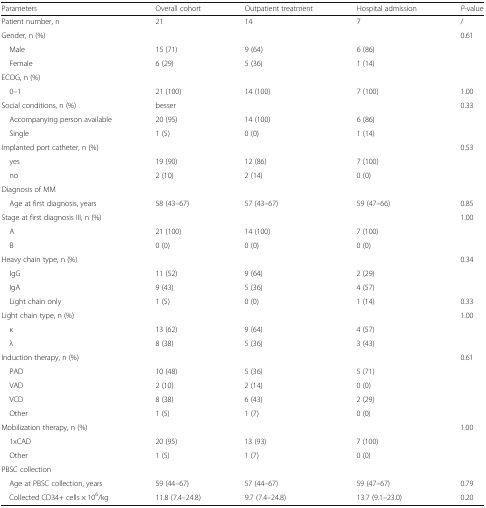
<table><thead><tr><td><b>Parameters</b></td><td><b>Overall cohort</b></td><td><b>Outpatient treatment</b></td><td><b>Hospital admission</b></td><td><b><i>P</i>-value</b></td></tr></thead><tbody><tr><td>Patient number, n</td><td>21</td><td>14</td><td>7</td><td>/</td></tr><tr><td>Gender, n (%)</td><td></td><td></td><td></td><td>0.61</td></tr><tr><td> Male</td><td>15 (71)</td><td>9 (64)</td><td>6 (86)</td><td></td></tr><tr><td> Female</td><td>6 (29)</td><td>5 (36)</td><td>1 (14)</td><td></td></tr><tr><td>ECOG, n (%)</td><td></td><td></td><td></td><td></td></tr><tr><td> 0–1</td><td>21 (100)</td><td>14 (100)</td><td>7 (100)</td><td>1.00</td></tr><tr><td>Social conditions, n (%)</td><td>besser</td><td></td><td></td><td>0.33</td></tr><tr><td> Accompanying person available</td><td>20 (95)</td><td>14 (100)</td><td>6 (86)</td><td></td></tr><tr><td> Single</td><td>1 (5)</td><td>0 (0)</td><td>1 (14)</td><td></td></tr><tr><td>Implanted port catheter, n (%)</td><td></td><td></td><td></td><td>0.53</td></tr><tr><td> yes</td><td>19 (90)</td><td>12 (86)</td><td>7 (100)</td><td></td></tr><tr><td> no</td><td>2 (10)</td><td>2 (14)</td><td>0 (0)</td><td></td></tr><tr><td>Diagnosis of MM</td><td></td><td></td><td></td><td></td></tr><tr><td> Age at first diagnosis, years</td><td>58 (43–67)</td><td>57 (43–67)</td><td>59 (47–66)</td><td>0.85</td></tr><tr><td>Stage at first diagnosis III, n (%)</td><td></td><td></td><td></td><td>1.00</td></tr><tr><td> A</td><td>21 (100)</td><td>14 (100)</td><td>7 (100)</td><td></td></tr><tr><td> B</td><td>0 (0)</td><td>0 (0)</td><td>0 (0)</td><td></td></tr><tr><td>Heavy chain type, n (%)</td><td></td><td></td><td></td><td>0.34</td></tr><tr><td> IgG</td><td>11 (52)</td><td>9 (64)</td><td>2 (29)</td><td></td></tr><tr><td> IgA</td><td>9 (43)</td><td>5 (36)</td><td>4 (57)</td><td></td></tr><tr><td> Light chain only</td><td>1 (5)</td><td>0 (0)</td><td>1 (14)</td><td>0.33</td></tr><tr><td>Light chain type, n (%)</td><td></td><td></td><td></td><td>1.00</td></tr><tr><td> κ</td><td>13 (62)</td><td>9 (64)</td><td>4 (57)</td><td></td></tr><tr><td> λ</td><td>8 (38)</td><td>5 (36)</td><td>3 (43)</td><td></td></tr><tr><td>Induction therapy, n (%)</td><td></td><td></td><td></td><td>0.61</td></tr><tr><td> PAD</td><td>10 (48)</td><td>5 (36)</td><td>5 (71)</td><td></td></tr><tr><td> VAD</td><td>2 (10)</td><td>2 (14)</td><td>0 (0)</td><td></td></tr><tr><td> VCD</td><td>8 (38)</td><td>6 (43)</td><td>2 (29)</td><td></td></tr><tr><td> Other</td><td>1 (5)</td><td>1 (7)</td><td>0 (0)</td><td></td></tr><tr><td>Mobilization therapy, n (%)</td><td></td><td></td><td></td><td>1.00</td></tr><tr><td> 1xCAD</td><td>20 (95)</td><td>13 (93)</td><td>7 (100)</td><td></td></tr><tr><td> Other</td><td>1 (5)</td><td>1 (7)</td><td>0 (0)</td><td></td></tr><tr><td colspan="5">PBSC collection</td></tr><tr><td> Age at PBSC collection, years</td><td>59 (44–67)</td><td>57 (44–67)</td><td>59 (47–67)</td><td>0.79</td></tr><tr><td> Collected CD34+ cells × 10<sup>6</sup>/kg</td><td>11.8 (7.4–24.8)</td><td>9.7 (7.4–24.8)</td><td>13.7 (9.1–23.0)</td><td>0.20</td></tr></tbody></table>